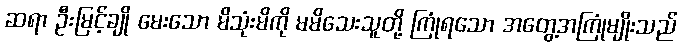
ဆရာ ဦးမြင့်ချို မေးသော မိသုံးမိကို မမိသေးသူတို့ ကြုံရသော အတွေ့အကြုံမျိုးသည်